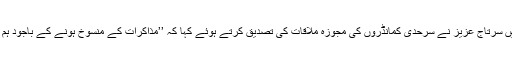
سرکاری میڈیا سے ایک انٹرویو میں سرتاج عزیز نے سرحدی کمانڈروں کی مجوزہ ملاقات کی تصدیق کرتے ہوئے کہا کہ ’’مذاکرات کے منسوخ ہونے کے باجود ہم نے اس سلسلے کو آگے بڑھانا ہے۔